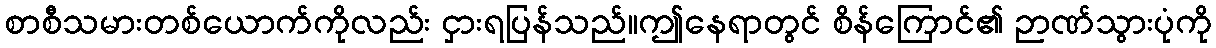
စာစီသမားတစ်ယောက်ကိုလည်း ငှားရပြန်သည်။ဤနေရာတွင် စိန်ကြောင်၏ ဉာဏ်သွားပုံကို